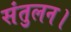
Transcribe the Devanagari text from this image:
संतुलन।